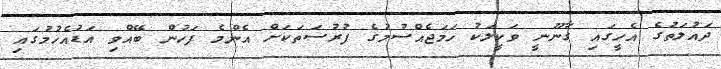
ދައުލަތުގެ އެހީގައި ގާނޫނީ ވަކީލަކު ހަމަޖެއްސުމުގެ ފުރުސަތަކަށް އެންމެ ފަހުން ބޭއްވި އަޑުއެހުމުގައި